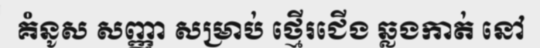
គំនូស សញ្ញា សម្រាប់ ថ្មើរជើង ឆ្លងកាត់ នៅ